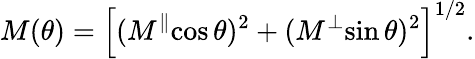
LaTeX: M(\theta)=\left[(M^{\parallel}\mathrm{cos}\, \theta)^{2}+(M^{\perp}\mathrm{sin}\, \theta)^{2}\right]^{1/2}.